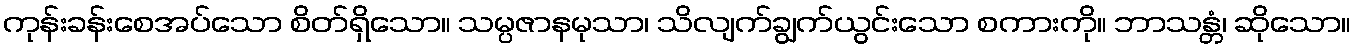
ကုန်းခန်းစေအပ်သော စိတ်ရှိသော။ သမ္ပဇာနမုသာ၊ သိလျက်ချွက်ယွင်းသော စကားကို။ ဘာသန္တံ၊ ဆိုသော။